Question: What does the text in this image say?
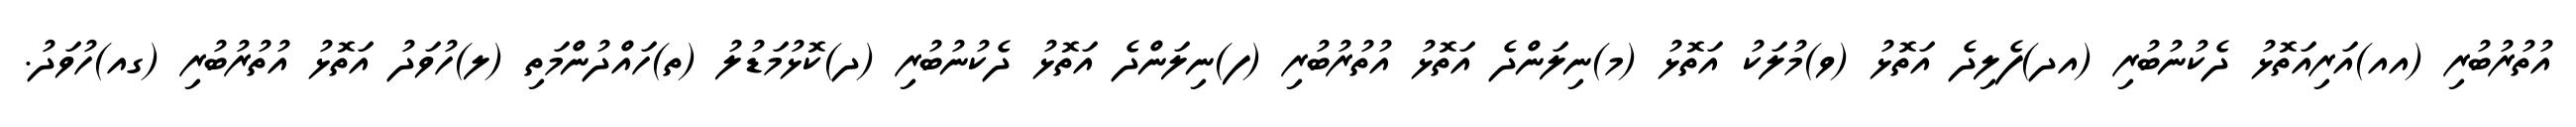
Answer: އުތުރުބުރި (އއ)އަރިއަތޮޅު ދެކުނުބުރި (އދ)ފެލިދެ އަތޮޅު (ވ)މުލަކު އަތޮޅު (މ)ނިލަންދެ އަތޮޅު އުތުރުބުރި (ފ)ނިލަންދެ އަތޮޅު ދެކުނުބުރި (ދ)ކޮޅުމަޑުލު (ތ)ހައްދުންމަތި (ލ)ހުވަދު އަތޮޅު އުތުރުބުރި (ގއ)ހުވަދު.